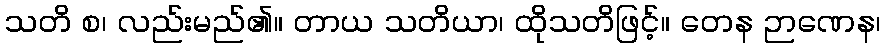
သတိ စ၊ လည်းမည်၏။ တာယ သတိယာ၊ ထိုသတိဖြင့်။ တေန ဉာဏေန၊